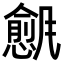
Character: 𬲇